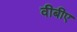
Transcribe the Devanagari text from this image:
वीबीए